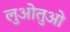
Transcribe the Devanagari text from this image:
लुओतुओ